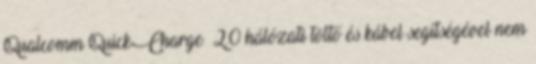
Qualcomm QuickCharge™ 2.0 hálózati töltő és kábel segítségével nem